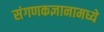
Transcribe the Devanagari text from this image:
संगणकज्ञानामध्ये